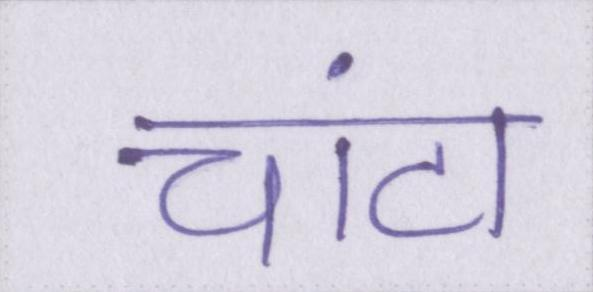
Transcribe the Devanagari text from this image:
चांटा